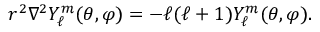
r ^ { 2 } \nabla ^ { 2 } Y _ { \ell } ^ { m } ( \theta , \varphi ) = - \ell ( \ell + 1 ) Y _ { \ell } ^ { m } ( \theta , \varphi ) .